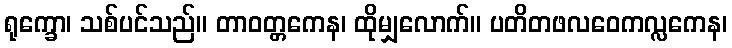
ရုက္ခော၊ သစ်ပင်သည်။ တာဝတ္တကေန၊ ထိုမျှလောက်။ ပတိတဖလဝေကလ္လကေန၊